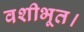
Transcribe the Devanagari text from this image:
वशीभूत।